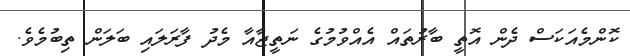
ކޮންމެއަކަސް ދެން އޮތީ ބާރުތައް އެއްވުމުގެ ނަތީޖާއާ މެދު ފާރަލައި ބަލަން ތިބުމެވެ.